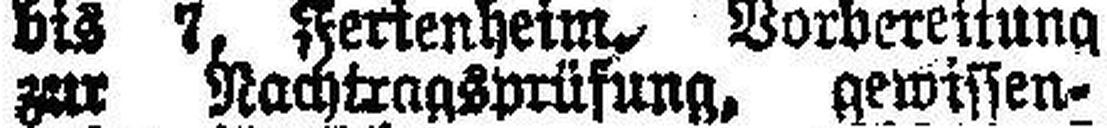
zur Nachtragsprüfung, gewissen¬